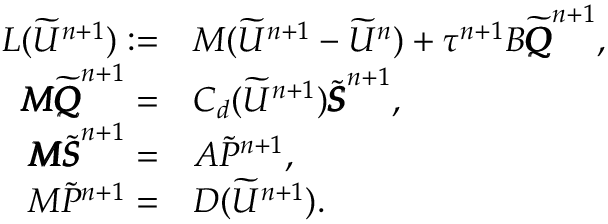
\begin{array} { r l } { L ( \widetilde { U } ^ { n + 1 } ) : = } & { M \displaystyle ( \widetilde { U } ^ { n + 1 } - \widetilde { U } ^ { n } ) + \tau ^ { n + 1 } B \widetilde { \pmb { Q } } ^ { n + 1 } , } \\ { \pmb { M } \widetilde { \pmb { Q } } ^ { n + 1 } = } & { C _ { d } ( \widetilde { U } ^ { n + 1 } ) \widetilde { \pmb { S } } ^ { n + 1 } , } \\ { \pmb { M } \widetilde { \pmb { S } } ^ { n + 1 } = } & { A \widetilde { P } ^ { n + 1 } , } \\ { M \widetilde { P } ^ { n + 1 } = } & { D ( \widetilde { U } ^ { n + 1 } ) . } \end{array}